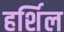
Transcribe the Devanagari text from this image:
हर्शिल